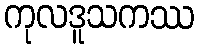
ကုလဒူသကဿ